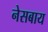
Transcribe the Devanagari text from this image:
नेसबाय